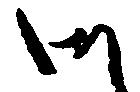
御